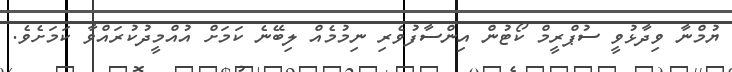
ޔުމްނާ ވިދާޅުވީ ސުޕްރީމް ކޯޓުން އިންސާފުވެރި ނިމުމެއް ލިބޭނެ ކަމަށް އުއްމީދުކުރައްވާ ކަމަށެވެ.